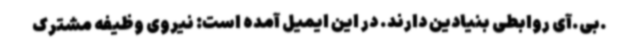
.بی.آی روابطی بنیادین دارند. در این ایمیل آمده است: نیروی وظیفه مشترک